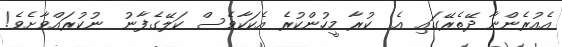
އެއުރެންނާ ދޭތެރޭގައި އެ  ކުރާ މީހުންކުރެ އެކަކާވެސް ކަލޭގެފާނު  ނުކުރައްވާށެވެ!